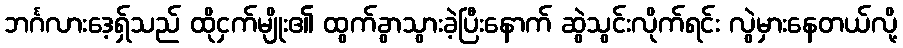
ဘင်္ဂလားဒေ့ရ်ှသည် ထိုငှက်မျိုး၏ ထွက်ခွာသွားခဲ့ပြီးနောက် ဆွဲသွင်းလိုက်ရင်း လွဲမှားနေတယ်လို့